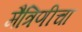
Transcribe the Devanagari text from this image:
मैत्रिणीचा